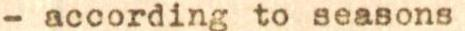
- according to seasons